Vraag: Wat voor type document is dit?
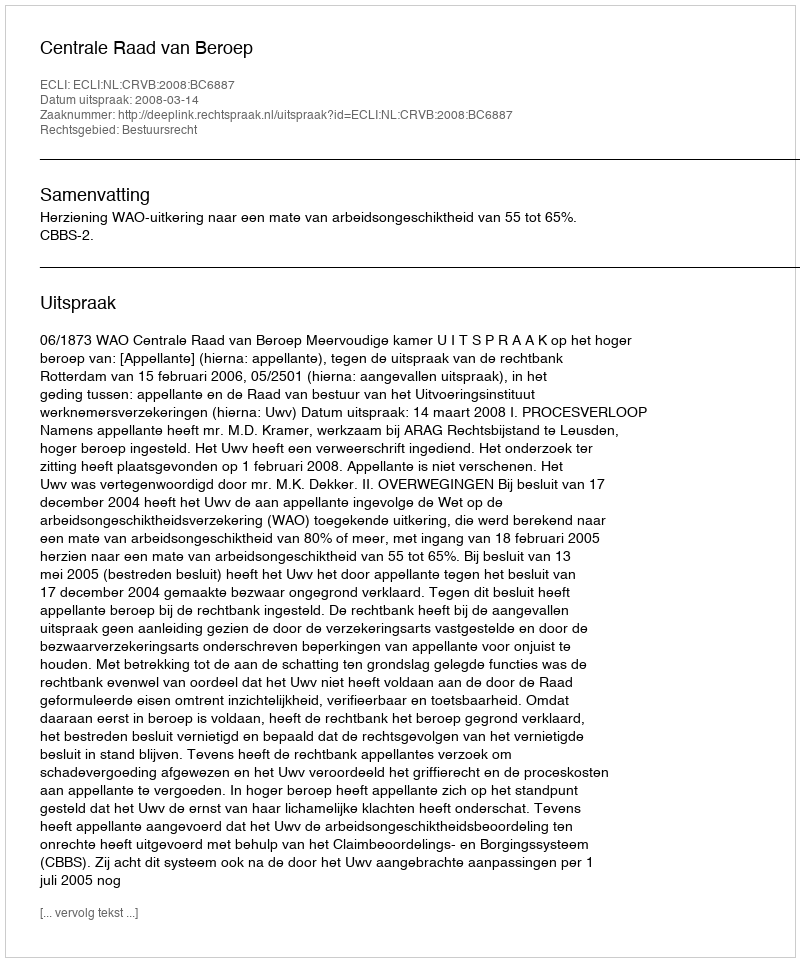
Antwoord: Uitspraak